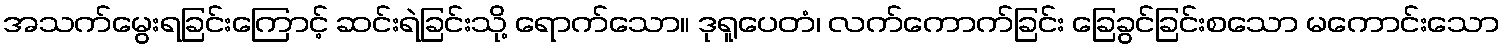
အသက်မွေးရခြင်းကြောင့် ဆင်းရဲခြင်းသို့ ရောက်သော။ ဒုရူပေတံ၊ လက်ကောက်ခြင်း ခြေခွင်ခြင်းစသော မကောင်းသော